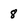
Character: 8